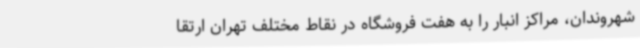
شهروندان، مراکز انبار را به هفت فروشگاه در نقاط مختلف تهران ارتقا